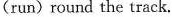
(run)round the track.